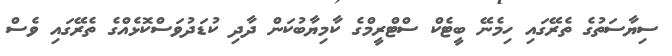
ސިޔާސަތުގެ ތެރޭގައި ހިމެނޭ ބީޓެކް ސްޓްރީމްގެ ކާމިޔާބުކަން ދާދި ކުޑަދުވަސްކޮޅެއްގެ ތެރޭގައި ވެސް